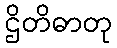
ဌိတိဓာတု